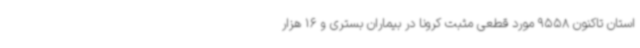
استان تاکنون 9558 مورد قطعی مثبت کرونا در بیماران بستری و 16 هزار